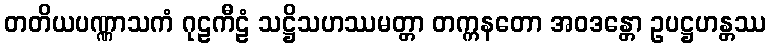
တတိယပဏ္ဏာသကံ ဂုဠကီဠံ သဋ္ဌိသဟဿမတ္တာ တက္ကနတော အဝဒန္တော ဥပဋ္ဌဟန္တဿ